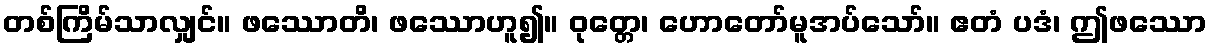
တစ်ကြိမ်သာလျှင်။ ဖဿောတိ၊ ဖဿောဟူ၍။ ဝုတ္တေ၊ ဟောတော်မူအပ်သော်။ ဧတံ ပဒံ၊ ဤဖဿော